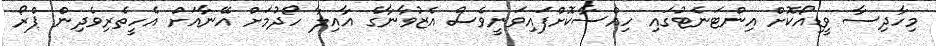
މިހާދިސާ ވީޑިއޯކޮށް އިންޓަނެޓުގައި ހިއްސާކޮށްފައިވަނީވެސް އެޒުވާނާގެ އާއިލާ ހޯދުމަށް އޭނާއަށް އެހީތެރިވެދިން ޕްރޯ